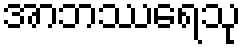
အာဘဿရေသု